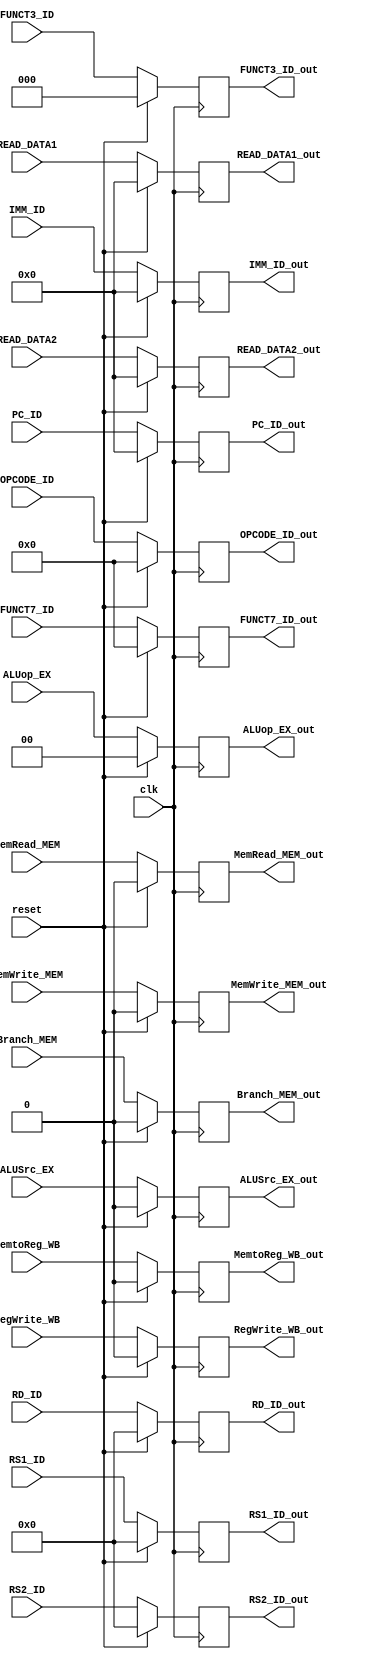
`timescale 1ns / 1ps
//////////////////////////////////////////////////////////////////////////////////
// Company: 
// Engineer: 
// 
// Design Name: 
// Module Name: id_ex_pipe
// Project Name: 
// Target Devices: 
// Tool Versions: 
// Description: 
// 
// Dependencies: 
// 
// Revision:
// Revision 0.01 - File Created
// Additional Comments:
// 
//////////////////////////////////////////////////////////////////////////////////


module id_ex_pipe(input clk, reset,
          input MemtoReg_WB, RegWrite_WB, MemRead_MEM, MemWrite_MEM, Branch_MEM, ALUSrc_EX,
          input [1:0] ALUop_EX,
          input [31:0] READ_DATA1, READ_DATA2,
          input [31:0] IMM_ID,
          input [2:0] FUNCT3_ID,
          input [6:0] FUNCT7_ID,
          input [6:0] OPCODE_ID,
          input [4:0] RD_ID,
          input [4:0] RS1_ID,
          input [4:0] RS2_ID, 
          input [31:0] PC_ID,
          
          output reg MemtoReg_WB_out, RegWrite_WB_out, MemRead_MEM_out, MemWrite_MEM_out, Branch_MEM_out, ALUSrc_EX_out,
          output reg [1:0] ALUop_EX_out, 
          output reg [31:0] READ_DATA1_out,READ_DATA2_out,
          output reg [31:0] IMM_ID_out,
          output reg [2:0] FUNCT3_ID_out,
          output reg [6:0] FUNCT7_ID_out,
          output reg [6:0] OPCODE_ID_out,
          output reg [4:0] RD_ID_out,
          output reg [4:0] RS1_ID_out,
          output reg [4:0] RS2_ID_out,
          output reg [31:0] PC_ID_out);
          
  always@(posedge clk) begin
    if (reset) begin
        RegWrite_WB_out <= 1'b0;
        MemtoReg_WB_out <= 1'b0;
        MemRead_MEM_out <= 1'b0;
        MemWrite_MEM_out <= 1'b0;
        Branch_MEM_out <= 1'b0;
        ALUSrc_EX_out <= 1'b0;
        ALUop_EX_out <= 2'b0;
        READ_DATA1_out <= 32'b0;
        READ_DATA2_out <= 32'b0;
        IMM_ID_out <= 32'b0;
        FUNCT3_ID_out <= 3'b0;
        FUNCT7_ID_out <= 7'b0;
        OPCODE_ID_out <= 7'b0;
        RD_ID_out <= 5'b0;
        RS1_ID_out <= 5'b0;
        RS2_ID_out <= 5'b0;
        PC_ID_out <= 32'b0;
    end
    else begin
        RegWrite_WB_out <= RegWrite_WB;
        MemtoReg_WB_out <= MemtoReg_WB;
        MemRead_MEM_out <= MemRead_MEM;
        MemWrite_MEM_out <= MemWrite_MEM;
        Branch_MEM_out <= Branch_MEM;
        ALUSrc_EX_out <= ALUSrc_EX;
        ALUop_EX_out <= ALUop_EX;
        READ_DATA1_out <= READ_DATA1;
        READ_DATA2_out <= READ_DATA2;
        IMM_ID_out <= IMM_ID;
        FUNCT3_ID_out <= FUNCT3_ID;
        FUNCT7_ID_out <= FUNCT7_ID;
        OPCODE_ID_out <= OPCODE_ID;
        RD_ID_out <= RD_ID;
        RS1_ID_out <= RS1_ID;
        RS2_ID_out <= RS2_ID;
        PC_ID_out <= PC_ID;
    end
  end
  
endmodule